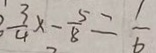
\frac { 3 } { 4 } x - \frac { 5 } { 8 } = \frac { 1 } { 6 }